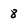
Character: 8